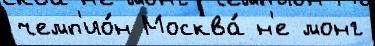
чемп'ио́н Москва́ н'е монг